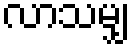
လာသမျှ